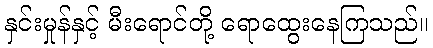
နှင်းမှုန်နှင့် မီးရောင်တို့ ရောထွေးနေကြသည်။